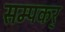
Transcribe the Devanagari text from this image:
सम्पकर्